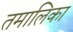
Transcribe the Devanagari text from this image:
तमालिका